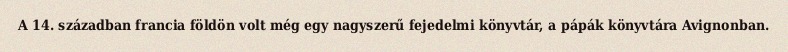
A 14. században francia földön volt még egy nagyszerű fejedelmi könyvtár, a pápák könyvtára Avignonban.